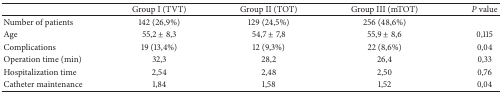
<table><thead><tr><td><b> </b></td><td><b>Group I (TVT)</b></td><td><b>Group II (TOT)</b></td><td><b>Group III (mTOT)</b></td><td><b><i>P</i> value</b></td></tr></thead><tbody><tr><td>Number of patients</td><td>142 (26,9%)</td><td>129 (24,5%)</td><td>256 (48,6%)</td><td> </td></tr><tr><td>Age</td><td>55,2 ± 8,3</td><td>54,7 ± 7,8</td><td>55,9 ± 8,6</td><td>0,115</td></tr><tr><td>Complications</td><td>19 (13,4%)</td><td>12 (9,3%)</td><td>22 (8,6%)</td><td>0,04</td></tr><tr><td>Operation time (min)</td><td>32,3</td><td>28,2</td><td>26,4</td><td>0,33</td></tr><tr><td>Hospitalization time</td><td>2,54</td><td>2,48</td><td>2,50</td><td>0,76</td></tr><tr><td>Catheter maintenance</td><td>1,84</td><td>1,58</td><td>1,52</td><td>0,04</td></tr></tbody></table>